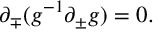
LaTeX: { \partial } _ { \mp } ( g ^ { - 1 } { \partial } _ { \pm } g ) = 0 .